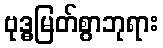
ဗုဒ္ဓမြတ်စွာဘုရား